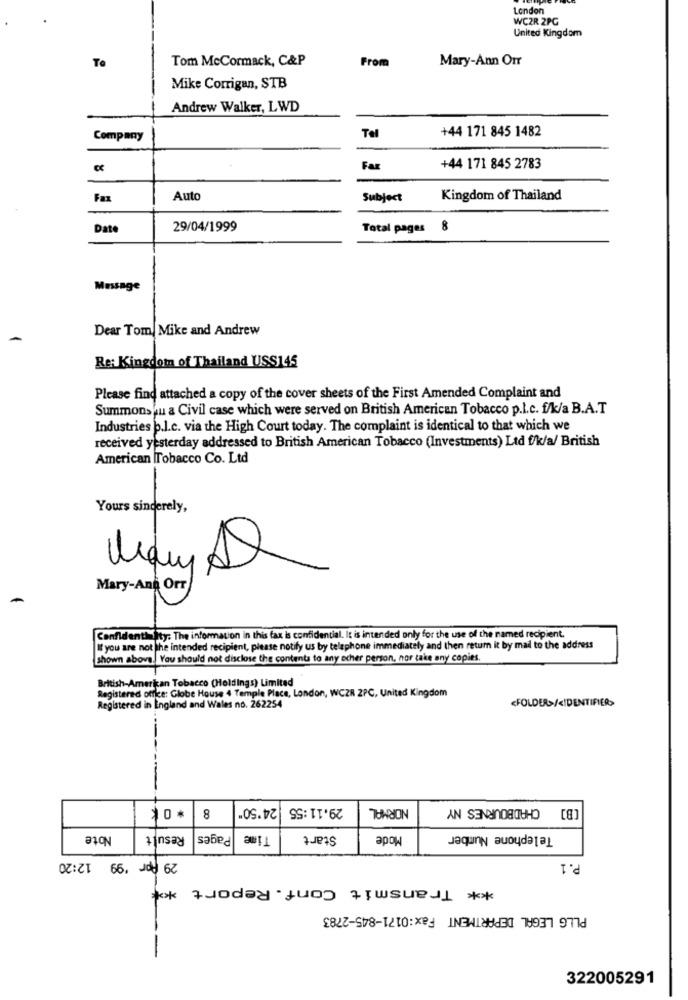
London
WCZR 2PG
United Kingdom
To
Tom McCormack, C&P
From
Mary-Ann Orr
Mike Corrigan, STB
Andrew Walker, LWD
Tel
+44 171 845 1482
Company
Far
+44 171 845 2783
Fax
Auto
Subject
Kingdom of Thailand
Date
29/04/1999
Total pages8
Message
Dear Tom, Mike and Andrew
Re: Kingdom of Thailand US$145
Please find attached a copy of the cover sheets of the First Amended Complaint and
Summons u a Civil case which were served on British American Tobacco p.l.c. f/k/a B.A.T
Industries p.l.c. via the High Court today. The complaint is identical to that which we
received yesterday addressed to British American Tobacco (Investments) Ltd f/k/a/ British
American Tobacco Co. Ltd
Yours sincerely,
Mary-And Orr
Confidentiality: The information in this fax is confidential. It is intended only for the use of the named recipient.
If you are not the intended recipient, please notify us by telephone immediately and then return it by mail to the address
shown above. You should not disclose the contents to any other person, nor take any copies.
British-American Tobacco (Holdings) Limited
Registered office: Globe House 4 Temple Place, London, WCZR 2PC, United Kingdom
<FOLDERS/<IDENTIFIER>
Registered in England and Wales no. 262254
24'50"
29.11:55
CHADBOURNES NY
[B]
*0*
8
Note
Result
Pages
Time
Start
Mode
Telephone Number
29 Ppr '99 12:20
P.1
** Transmit Conf. Report **
PLLG LEGAL DEPARTMENT Fax:0171-845-2783
322005291